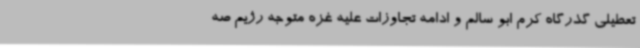
تعطیلی گذرگاه کرم ابو سالم و ادامه تجاوزات علیه غزه متوجه رژیم صه